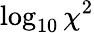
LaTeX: \log_{10}\chi^{2}